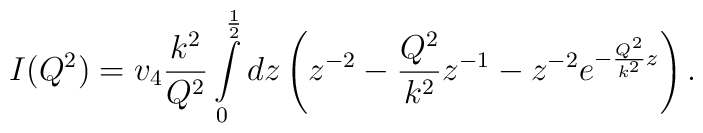
I(Q^2)=v_4\frac{k^2}{Q^2}\int\limits_0^\frac{1}{2}dz\left(z^{-2}-\frac{Q^2}{k^2}z^{-1}-z^{-2}e^{-\frac{Q^2}{k^2}z}\right).